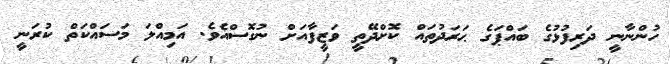
ހުންނާނީ ދަރިފުޅުގެ ބައްޕަގެ ޙަރަދުތައް ކޮށްދޭތީ ވަޒީފާއަށް ނުގޮސްއެވެ. އަމިއްލަ މަސައްކަތް ކުރަނީ